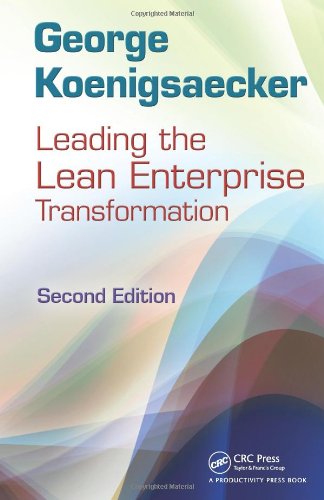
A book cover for Leading the Lean Enterprise Transformation, Second Edition; George Koenigsaecker; Business & Money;